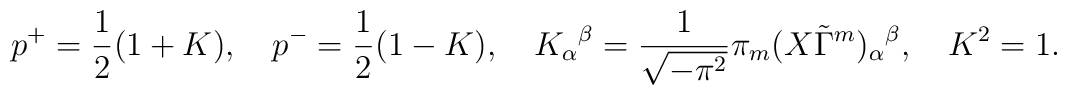
p^+=\frac{1}{2}(1+K), \quad p^-=\frac{1}{2}(1-K), \quad{K_\alpha}^\beta=\frac{1}{\sqrt{-\pi^2}}\pi_m(X\tilde\Gamma^m)_\alpha{}^\beta, \quad K^2=1.